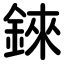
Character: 錸